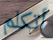
أتكلم